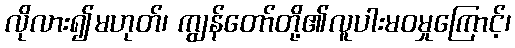
လိုလား၍မဟုတ်၊ ကျွန်တော်တို့၏လူပါးမဝမှုကြောင့်၊